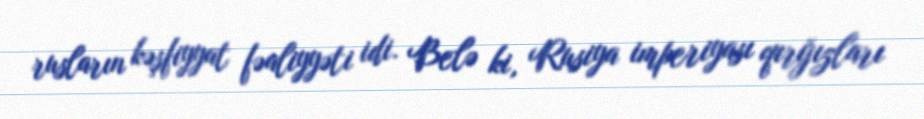
rusların kəşfiyyat fəaliyyəti idi. Belə ki, Rusiya imperiyası qırğızları